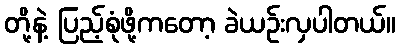
တို့နဲ့ ပြည့်စုံဖို့ကတော့ ခဲယဉ်းလှပါတယ်။